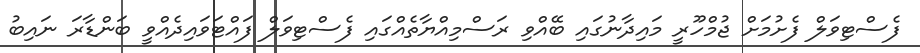
ފެސްޓިވަލް ފެށުމަށް ޖުމްހޫރީ މައިދާނުގައި ބޭއްވި ރަސްމިއްޔާތެއްގައި ފެސްޓިވަލް ފައްޓަވައިދެއްވީ ބަންޑާރަ ނައިބު